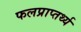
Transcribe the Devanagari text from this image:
फलप्राप्तर्थ्य